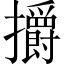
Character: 㩱